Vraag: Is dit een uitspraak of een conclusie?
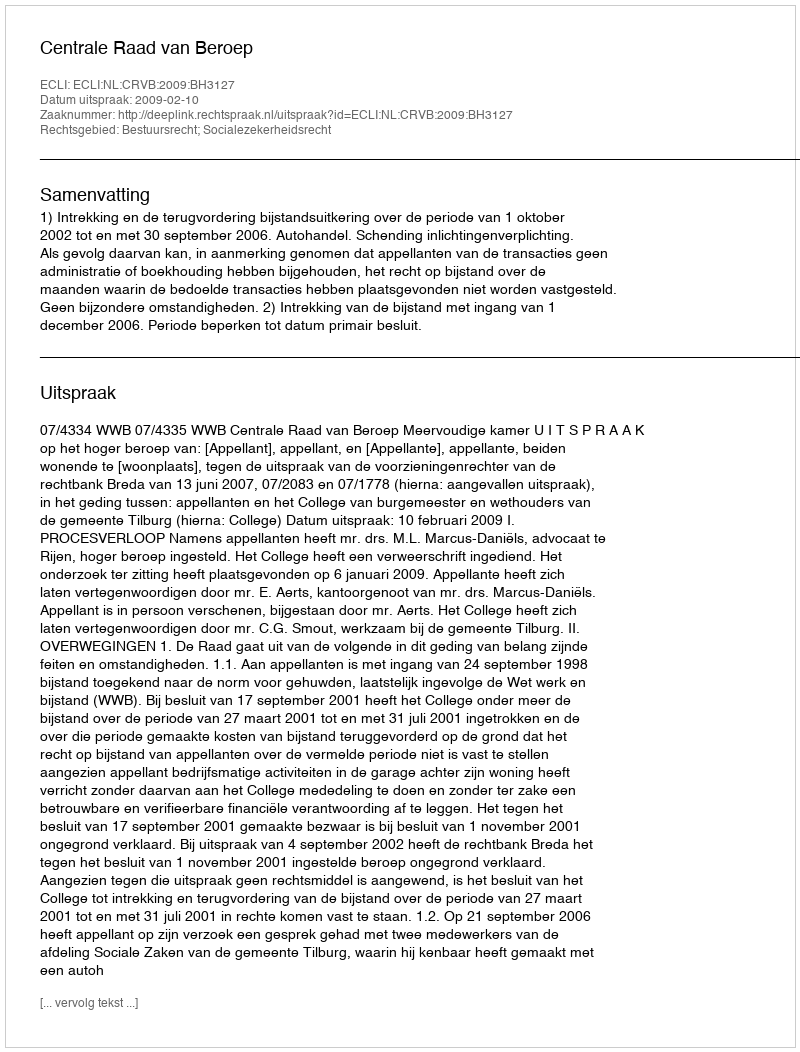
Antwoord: Uitspraak